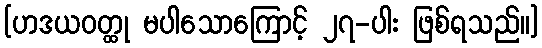
[ဟဒယဝတ္ထု မပါသောကြောင့် ၂၇-ပါး ဖြစ်ရသည်။]